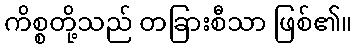
ကိစ္စတို့သည် တခြားစီသာ ဖြစ်၏။